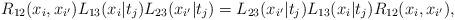
LaTeX: \begin{align*}R_{12}(x_i, x_{i^{\prime}})L_{13}(x_i|t_j)L_{23}(x_{i^{\prime }}|t_j)=L_{23}(x_{i^{\prime }}|t_j)L_{13}(x_i|t_j)R_{12}(x_i, x_{i^{\prime }}),\end{align*}